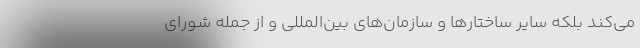
می‌کند بلکه سایر ساختارها و سازمان‌های بین‌المللی و از جمله شورای